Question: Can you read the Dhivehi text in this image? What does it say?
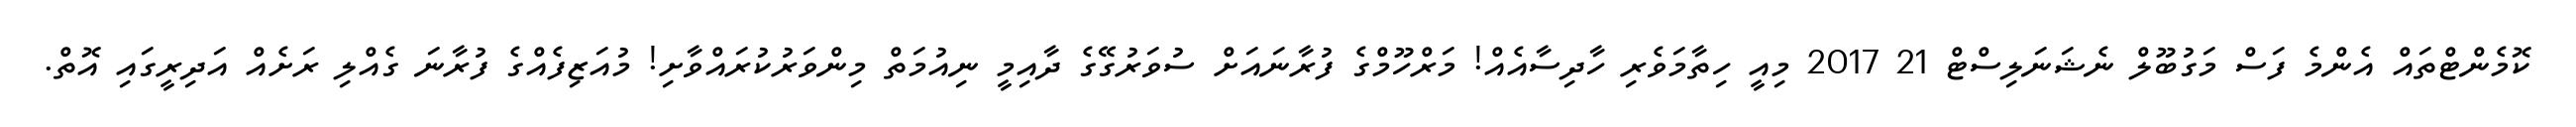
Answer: ކޮމެންޓްތައް އެންމެ ފަސް މަގުބޫލް ނެޝަނަލިސްޓް 21 2017 މިއީ ހިތާމަވެރި ހާދިސާއެއް! މަރްހޫމްގެ ފުރާނައަށް ސުވަރުގޭގެ ދާއިމީ ނިއުމަތް މިންވަރުކުރައްވާށި! މުއަޒިފެއްގެ ފުރާނަ ގެއްލި ރަށެއް އަދިރީގައި އޮތް.